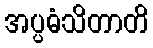
အပ္ပဓံသိတာတိ